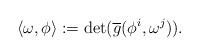
LaTeX: \begin{align*}\langle\omega,\phi\rangle := \det(\overline{g}(\phi^i,\omega^j)).\end{align*}